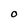
Character: O